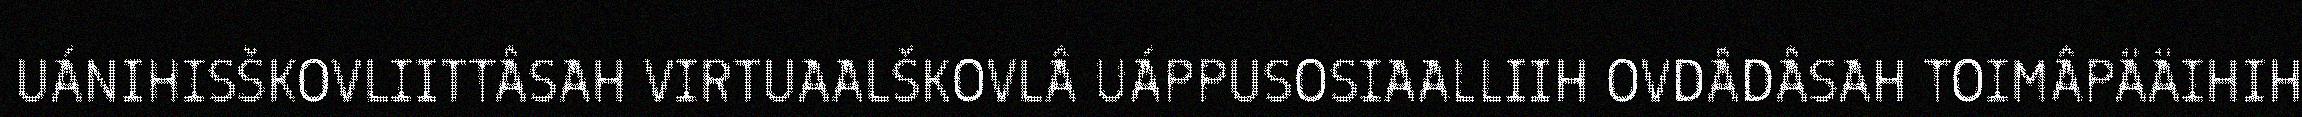
UÁNIHISŠKOVLIITTÂSAH VIRTUAALŠKOVLÂ UÁPPUSOSIAALLIIH OVDÂDÂSAH TOIMÂPÄÄIHIH